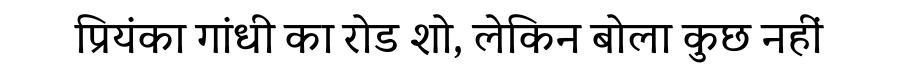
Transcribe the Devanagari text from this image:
प्रियंका गांधी का रोड शो, लेकिन बोला कुछ नहीं